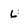
Character: 6